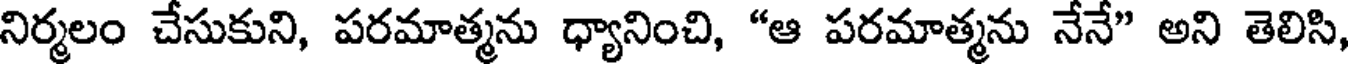
నిర్మలం చేసుకుని, పరమాత్మను ధ్యానించి, "ఆ పరమాత్మను నేనే" అని తెలిసి,